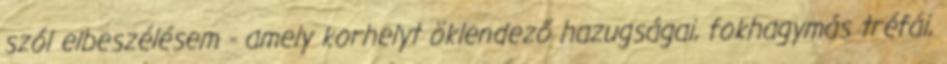
szól elbeszélésem - amely korhelyt öklendező hazugságai, fokhagymás tréfái,